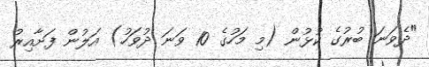
"ދެވަނަ ބުރުގެ ކުޅުން (މި މަހުގެ 10 ވަނަ ދުވަހު) އަލުން ފަށާއިރު